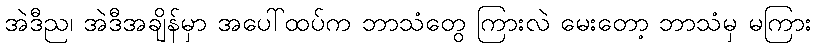
အဲဒီည၊ အဲဒီအချိန်မှာ အပေါ်ထပ်က ဘာသံတွေ ကြားလဲ မေးတော့ ဘာသံမှ မကြား